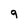
Character: 9